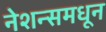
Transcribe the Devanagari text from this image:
नेशन्समधून